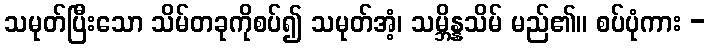
သမုတ်ပြီးသော သိမ်တခုကိုစပ်၍ သမုတ်အံ့၊ သမ္ဘိန္နသိမ် မည်၏။ စပ်ပုံကား -